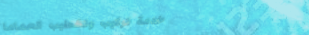
خدمة تركيب وتشطيب الحماما